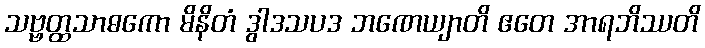
သဗ္ဗတ္ထသာဓကော မိနိတံ ဒွါဒသပဒ ဘဏေယျာတိ ဧတေ အာရဘိဿတိ